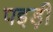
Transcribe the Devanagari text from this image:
पइड़ी